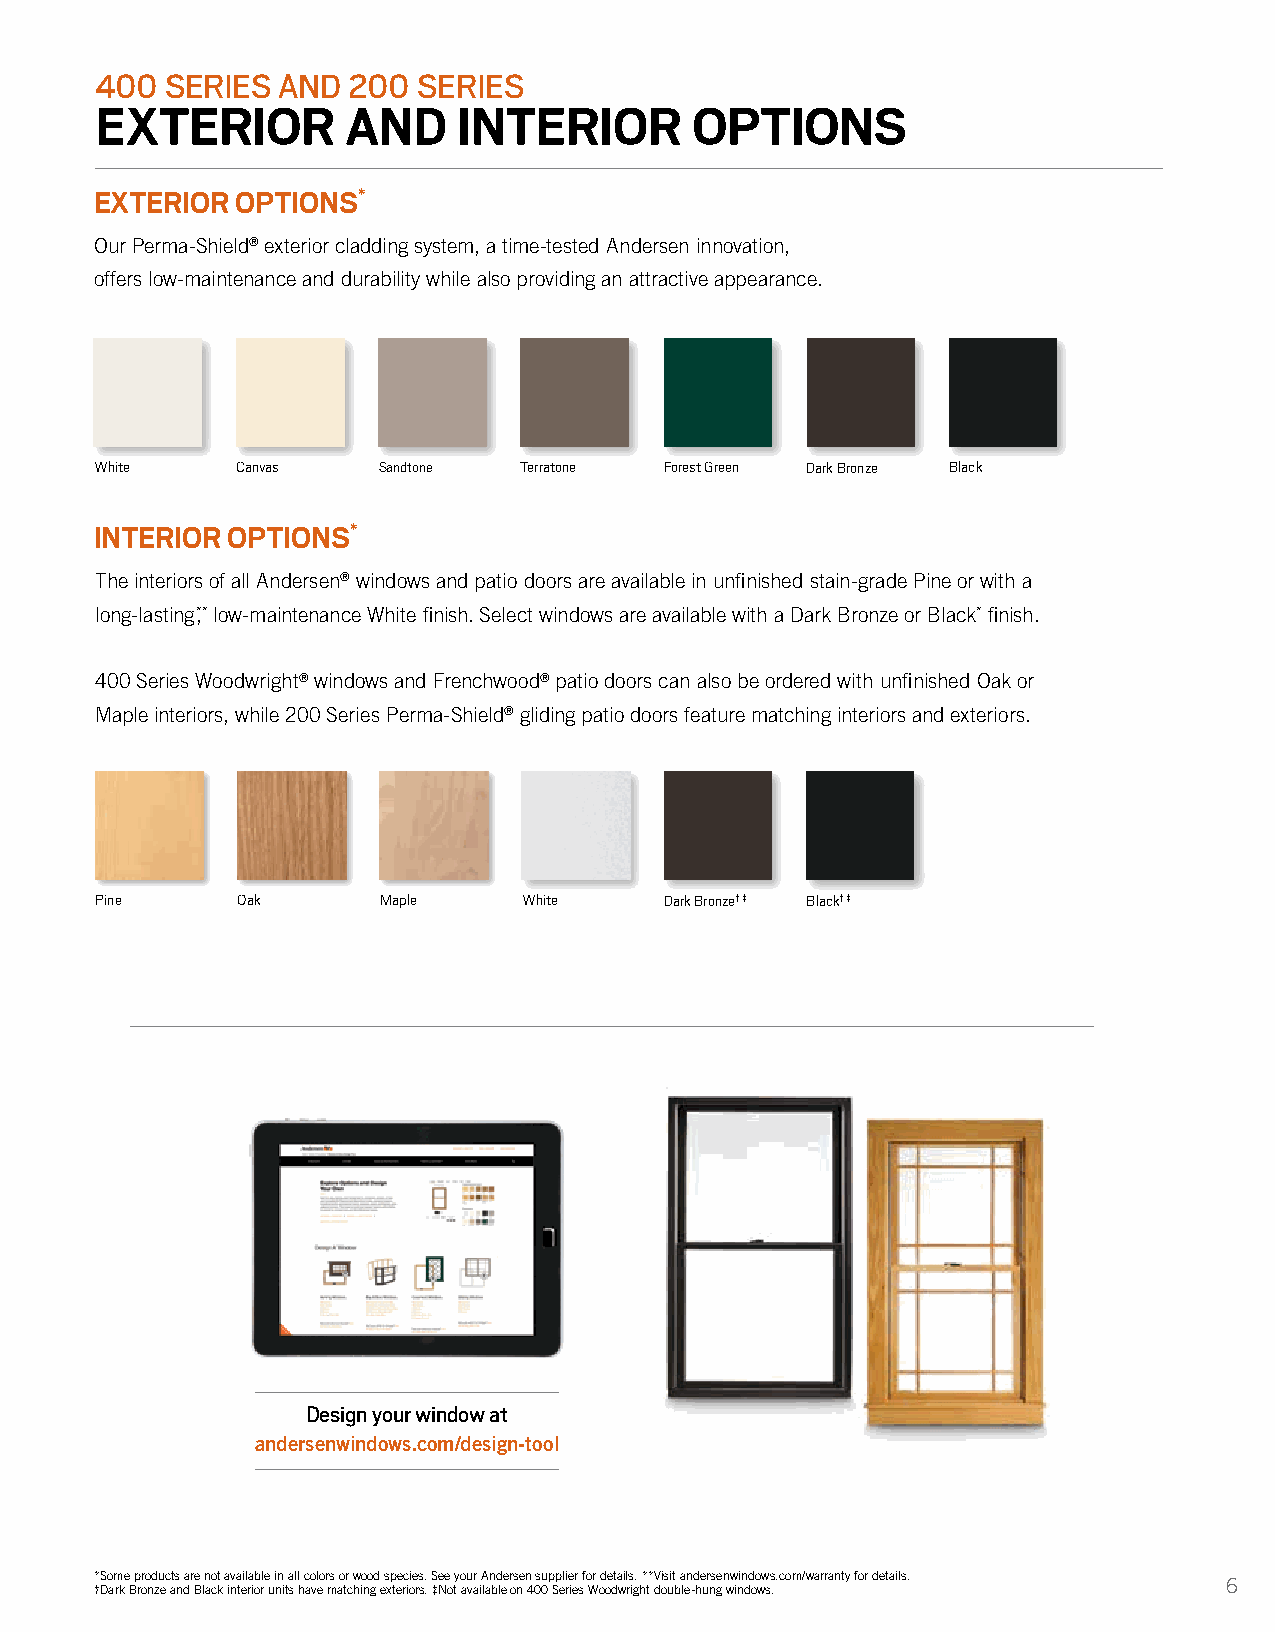
400  SERIES AND  200  SERIES
 EXTERIOR         AND    INTERIOR        OPTIONS
 EXTERIOR  OPTIONS*
 Our Perma-Shield® exterior cladding system, a time-tested Andersen innovation,
 offers low-maintenance and durability while also providing an attractive appearance.
 White     Canvas   Sandtone Terratone Forest Green Dark Bronze Black
 INTERIOR OPTIONS*
 The interiors of all Andersen® windows and patio doors are available in unfinished stain-grade Pine or with a
 long-lasting, ** low-maintenance White finish. Select windows are available with a Dark Bronze or Black* finish.
 400 Series Woodwright® windows and Frenchwood® patio doors can also be ordered with unfinished Oak or
 Maple interiors, while 200 Series Perma-Shield® gliding patio doors feature matching interiors and exteriors.
 Pine      Oak      Maple     White    Dark Bronze† ‡ Black† ‡
 Design your window at
 andersenwindows.com/design-tool
 *Some products are not available in all colors or wood species. See your Andersen supplier for details. **Visit andersenwindows.com/warranty for details.
 6
 †Dark Bronze and Black interior units have matching exteriors. ‡Not available on 400 Series Woodwright double-hung windows.